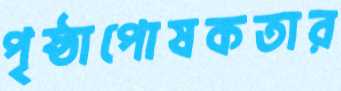
পৃষ্ঠাপোষকতার